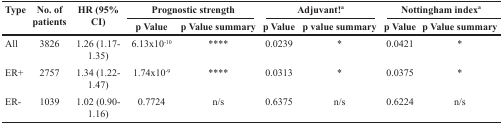
<table><thead><tr><td rowspan="2"><b>Type</b></td><td rowspan="2"><b>No. of patients</b></td><td rowspan="2"><b>HR (95% CI)</b></td><td colspan="2"><b>Prognostic strength</b></td><td colspan="2"><b>Adjuvant!<sup>a</sup></b></td><td colspan="2"><b>Nottingham index<sup>a</sup></b></td></tr><tr><td><b>p Value</b></td><td><b>p Value summary</b></td><td><b>p Value</b></td><td><b>p value summary</b></td><td><b>p Value</b></td><td><b>p Value summary</b></td></tr></thead><tbody><tr><td>All</td><td>3826</td><td>1.26 (1.17-1.35)</td><td>6.13×10<sup>-10</sup></td><td>****</td><td>0.0239</td><td>*</td><td>0.0421</td><td>*</td></tr><tr><td>ER+</td><td>2757</td><td>1.34 (1.22-1.47)</td><td>1.74×10<sup>-9</sup></td><td>****</td><td>0.0313</td><td>*</td><td>0.0375</td><td>*</td></tr><tr><td>ER-</td><td>1039</td><td>1.02 (0.90-1.16)</td><td>0.7724</td><td>n/s</td><td>0.6375</td><td>n/s</td><td>0.6224</td><td>n/s</td></tr></tbody></table>